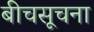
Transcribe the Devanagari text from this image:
बीचसूचना